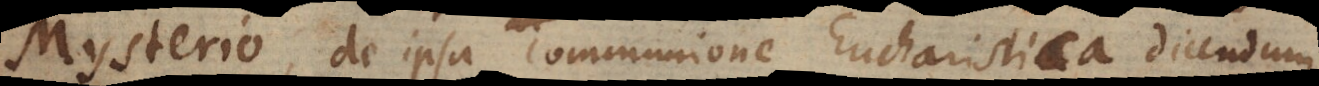
Mysterio, de ipsa communione Eucharistica dicendum